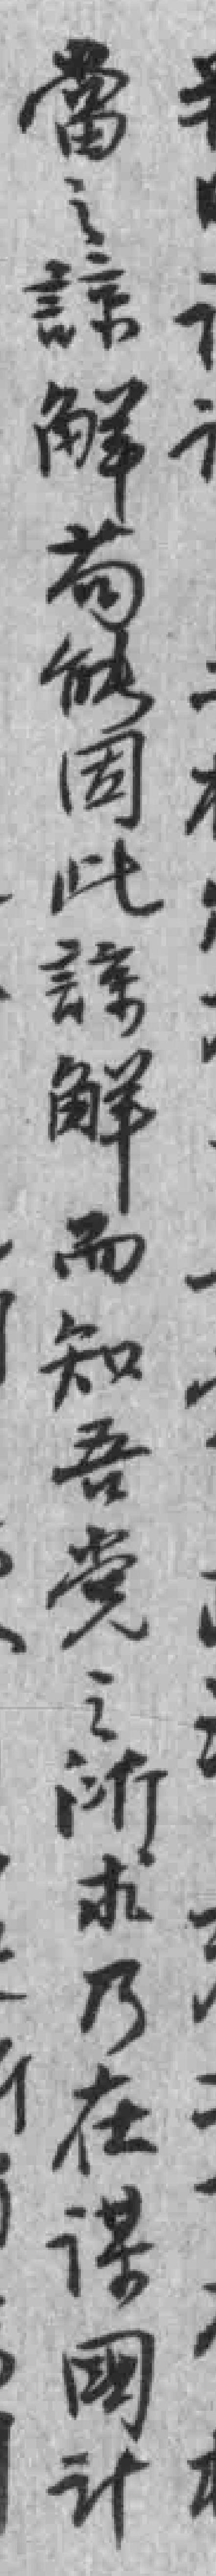
當之諒觧苟能因此諒觧而知吾党之所求乃在谋國计